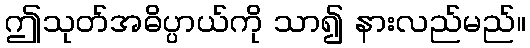
ဤသုတ်အဓိပ္ပာယ်ကို သာ၍ နားလည်မည်။